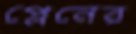
প্লেনের